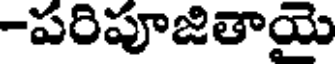
-పరిపూజితాయై